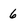
Character: 6